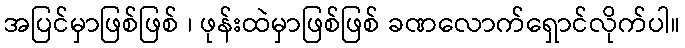
အပြင်မှာဖြစ်ဖြစ် ၊ ဖုန်းထဲမှာဖြစ်ဖြစ် ခဏလောက်ရှောင်လိုက်ပါ။